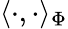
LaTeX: \langle\cdot,\cdot\rangle_{\Phi}